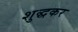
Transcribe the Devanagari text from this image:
शुद्धकर